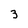
Character: 3